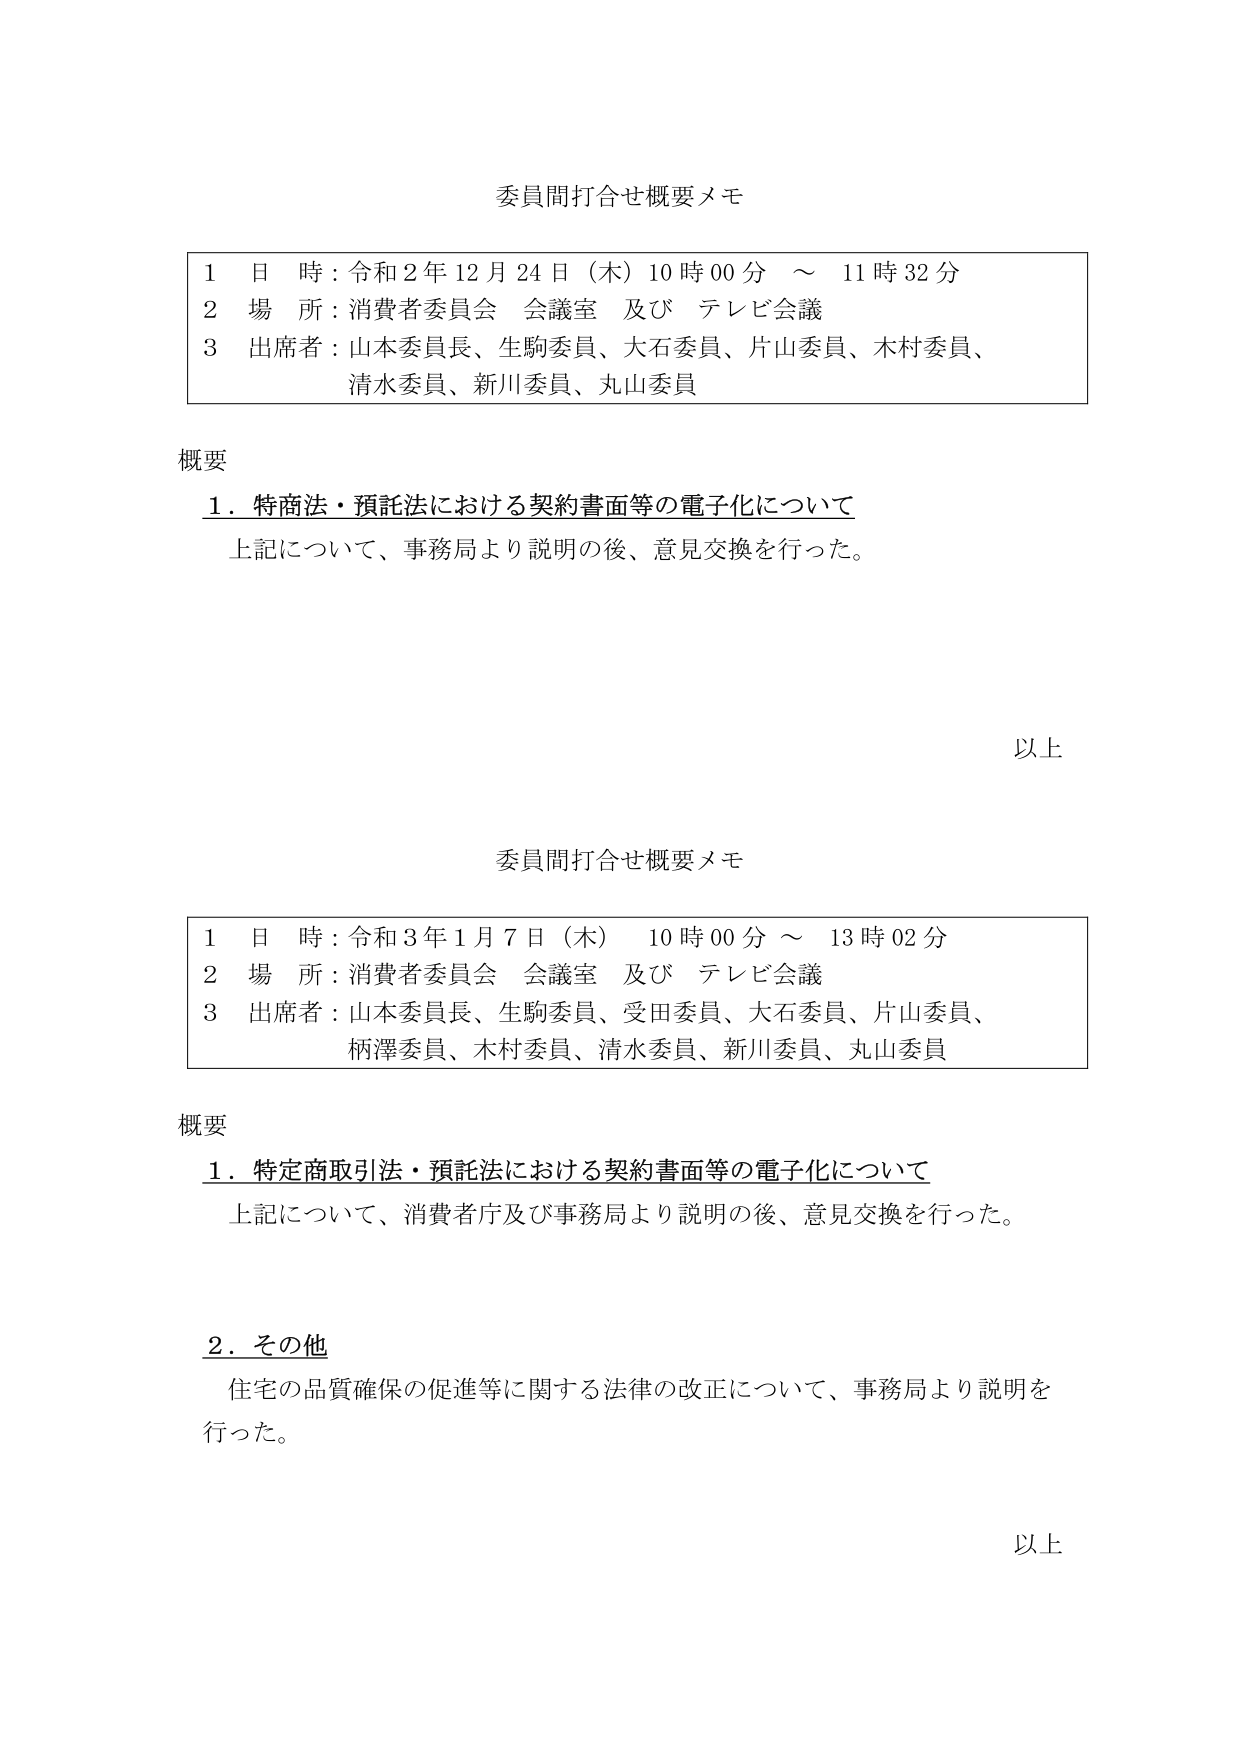
委員間打合せ概要メモ

1 日 時：令和2年12月24日（木）10時00分 ～ 11時32分
2 場 所：消費者委員会 会議室 及び テレビ会議
3 出席者：山本委員長、生駒委員、大石委員、片山委員、木村委員、
　　　　　清水委員、新川委員、丸山委員

概要
　1．特商法・預託法における契約書面等の電子化について
　　上記について、事務局より説明の後、意見交換を行った。

以上

委員間打合せ概要メモ

1 日 時：令和3年1月7日（木） 10時00分 ～ 13時02分
2 場 所：消費者委員会 会議室 及び テレビ会議
3 出席者：山本委員長、生駒委員、受田委員、大石委員、片山委員、
　　　　　柄澤委員、木村委員、清水委員、新川委員、丸山委員

概要
　1．特定商取引法・預託法における契約書面等の電子化について
　　上記について、消費者庁及び事務局より説明の後、意見交換を行った。

　2．その他
　　住宅の品質確保の促進等に関する法律の改正について、事務局より説明を行った。

以上